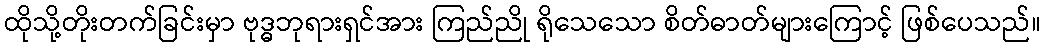
ထိုသို့တိုးတက်ခြင်းမှာ ဗုဒ္ဓဘုရားရှင်အား ကြည်ညို ရိုသေသော စိတ်ဓာတ်များကြောင့် ဖြစ်ပေသည်။